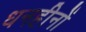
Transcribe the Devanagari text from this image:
धनहीनों